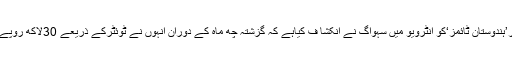
بھارتی اخبار’ہندوستان ٹائمز‘کو انٹرویو میں سہواگ نے انکشا ف کیاہے کہ گزشتہ چھ ماہ کے دوران انہوں نے ٹوئٹرکے ذریعے 30لاکھ روپے کمائے ہیں۔